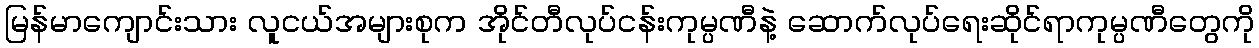
မြန်မာကျောင်းသား လူငယ်အများစုက အိုင်တီလုပ်ငန်းကုမ္ပဏီနဲ့ ဆောက်လုပ်ရေးဆိုင်ရာကုမ္ပဏီတွေကို